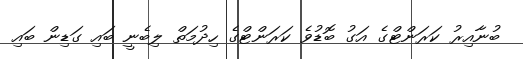
ބުނާއިރު ކަރަންޓްގެ އަގު ބޮޑުވެ ކަރަންޓްގެ ހިދުމަތް ލިބެނީ ބައި ގަޑިން ބައި